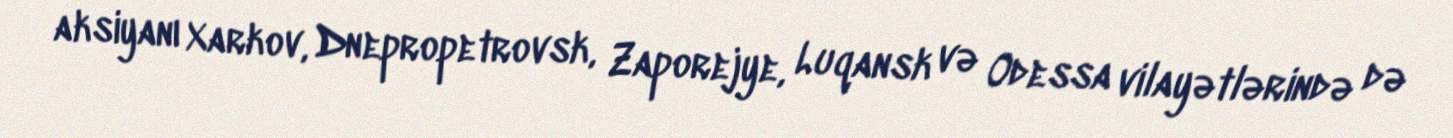
aksiyanı Xarkov, Dnepropetrovsk, Zaporejye, Luqansk və Odessa vilayətlərində də